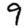
Digit: 9